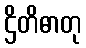
ဌိတိဓာတု